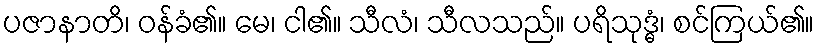
ပဇာနာတိ၊ ဝန်ခံ၏။ မေ၊ ငါ၏။ သီလံ၊ သီလသည်။ ပရိသုဒ္ဓံ၊ စင်ကြယ်၏။